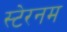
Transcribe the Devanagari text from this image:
स्टेरनम